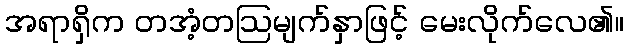
အရာရှိက တအံ့တဩမျက်နှာဖြင့် မေးလိုက်လေ၏။